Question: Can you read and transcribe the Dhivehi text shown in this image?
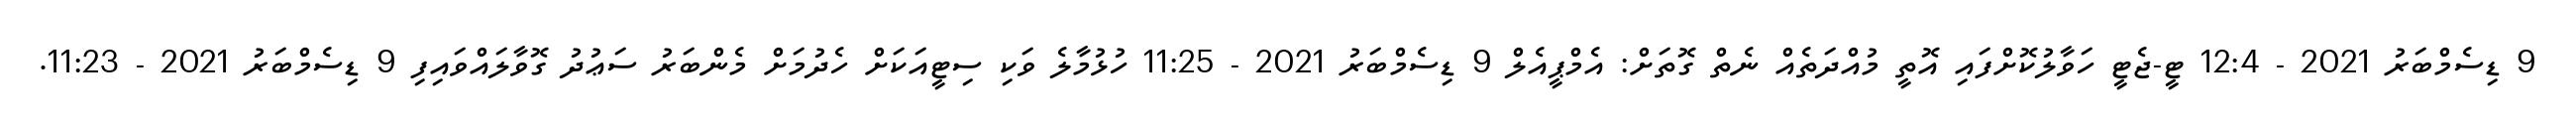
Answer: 9 ޑިސެމްބަރު 2021 - 12:4 ޓީ-ޖެޓީ ހަވާލުކޮށްފައި އޮތީ މުއްދަތެއް ނެތް ގޮތަށް: އެމްޕީއެލް 9 ޑިސެމްބަރު 2021 - 11:25 ހުޅުމާލެ ވަކި ސިޓީއަކަށް ހެދުމަށް މެންބަރު ސަޢުދު ގޮވާލައްވައިފި 9 ޑިސެމްބަރު 2021 - 11:23.